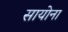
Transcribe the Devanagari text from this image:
सायोना